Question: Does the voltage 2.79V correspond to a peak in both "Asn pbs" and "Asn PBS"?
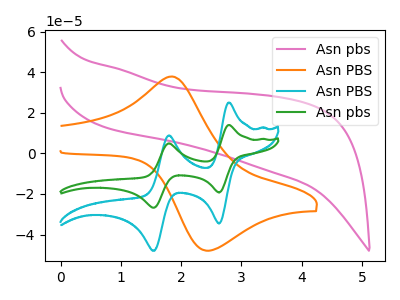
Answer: <think>The pink curve "Asn pbs" has no peaks. The orange curve "Asn PBS" has an anodic peak at (1.85V, 37.85uA) and a cathodic peak at (2.45V, -48.00uA). The cyan curve "Asn PBS" has anodic peaks at (2.80V, 25.00uA) (1.80V, 8.80uA) and cathodic peaks at (2.65V, -34.50uA) (1.55V, -48.00uA). The green curve "Asn pbs" has anodic peaks at (2.80V, 13.95uA) (1.80V, 4.90uA) and cathodic peaks at (2.65V, -19.25uA) (1.55V, -26.80uA).</think>
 <answer>Yes, "Asn pbs" and "Asn PBS" share a peak at 2.79V.</answer>
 <eval>match</eval>